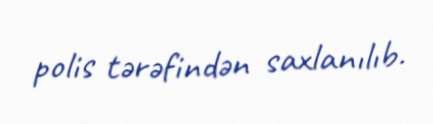
polis tərəfindən saxlanılıb.